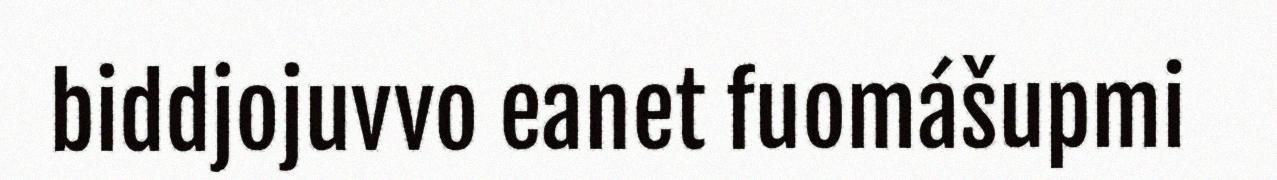
biddjojuvvo eanet fuomášupmi